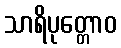
သာရိပုတ္တောဝ